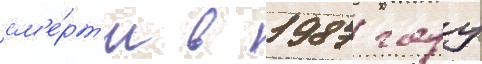
см'е́рт'и в 1987 году